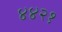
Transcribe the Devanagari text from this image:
४४२१